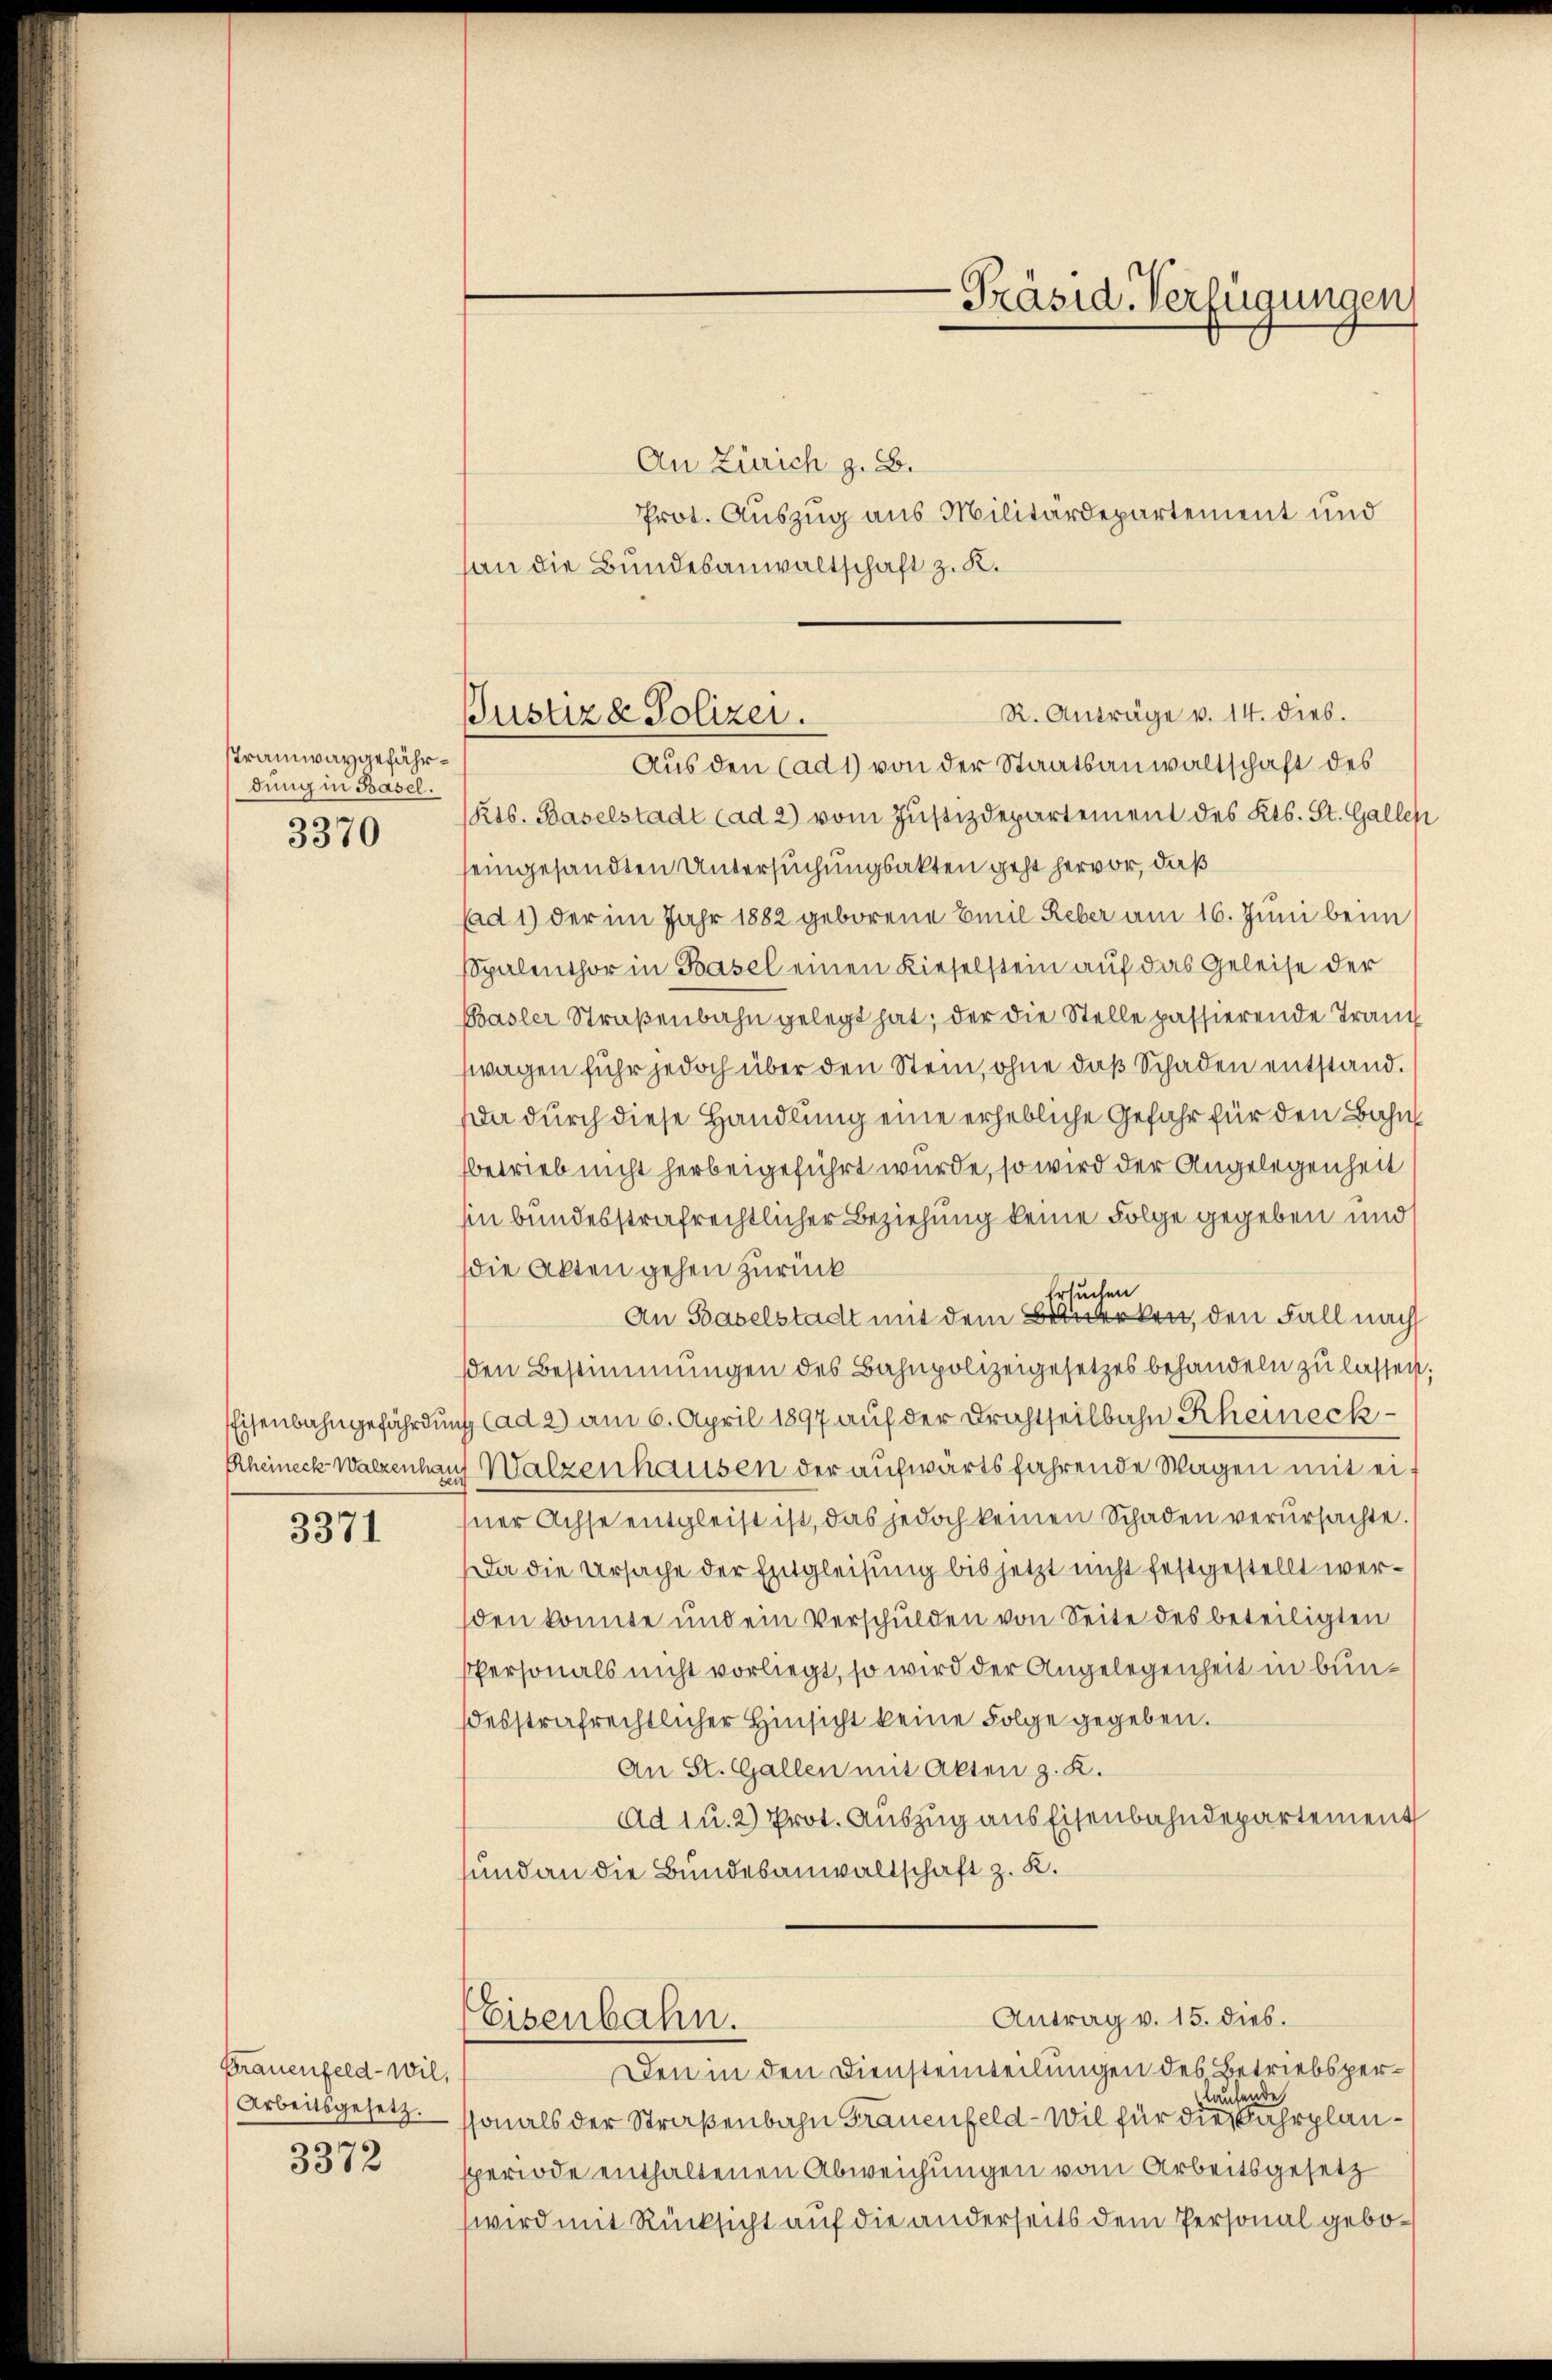
Tramwaygefährdung in Basel.
3370

Eisenbahngefährdun
Rheineck Walzenhau

3371

Frauenfeld - wil,
Arbeitsgesetz.
3372

An Zürich z. B.
Prot. Auszug aus Militärdepartement und
an die Bundesanwaltschaft z. K.

Pustiz & Polizei.

-Präsid. Verfügungen,

R. Anträge v. 14. dies.
Aus den (ad 1) von der Staatsanwaltschaft des
Rts. Baselstadt cad 2) vom Justizdepartement des Kts. St. Galles
seingesandten Untersuchungsakten geht hervor, daß
(ad 1) der im Jahr 1882 geborene Emil Reber am 16. Juni beim
Spalenthor in Basel einen Kieselstein auf das Geleise der
Basler Straβenbahn gelegt hat; der die Stelle passierende Tran
swagen fuhr jedoch über den Stein, ohne daß Schaden entstand.
a durch diese Handlung eine erhebliche Gefahr für den Bahn
betrieb nicht herbeigeführt wurde, so wird der Angelegenheit
hin bundesstrafrechtlicher Beziehung keine Folge gegeben und
die Akten gehen zurück
Ersuchen
An Baselstadt mit dem Bemerken, den Fall nach
sden Bestimmungen des Bahnpolizeigesetzes behandeln zu lassen
 (ad 2) am 6. April 1897 auf der Drichtheilbahn Rheineckg Walzenhausen der aufwärts fahrende Wagen mit eisner Achse entgleist ist, das jedoch keinen Schaden verŭrsachte.
a die Ursache der Entgleisung bis jetzt nicht festgestellt wersden konnte und ein Verschulden von Seite des beteiligten
Personals nicht vorliegt, so wird der Angelegenheit in bundesstrafrechtlicher Hinsicht keine Folge gegeben.
An St. Gallen mit Akten z. K.
ad u. 2) Prot. Auszug aus Eisenbahndepartement
und an die Bundesanwaltschaft z. K.
Antrag v. 15. dies.
Eisenbahn.
Den in den Diensteinteilungen des Betriebsperlaufende
sonals der Straßenbahn Frauenfeld - Wil für die Fahrplansperiode enthaltenen Abweichungen vom Arbeitsgesetz
wird mit Rücksicht auf die anderseits dem Personal gebo¬